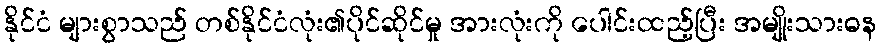
နိုင်ငံ များစွာသည် တစ်နိုင်ငံလုံး၏ပိုင်ဆိုင်မှု အားလုံးကို ပေါင်းထည့်ပြီး အမျိုးသားဓန